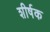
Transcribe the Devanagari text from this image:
शीर्षक